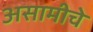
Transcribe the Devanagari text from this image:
असामीचे